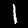
Label: 1